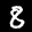
Label: 8